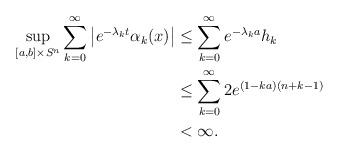
LaTeX: \begin{align*}\sup_{[a,b]\times S^n}\sum_{k=0}^\infty \begin{vmatrix}e^{-\lambda_kt}\alpha_k(x)\end{vmatrix}&\leq \sum_{k=0}^\infty e^{-\lambda_ka}h_k\\ &\leq \sum_{k=0}^\infty 2e^{(1-ka)(n+k-1)}\\ &<\infty.\end{align*}